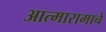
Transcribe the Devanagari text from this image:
आत्मारामाचे